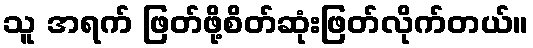
သူ အရက် ဖြတ်ဖို့စိတ်ဆုံးဖြတ်လိုက်တယ်။